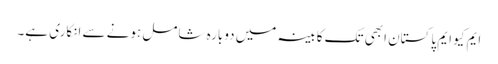
ایم کیو ایم پاکستان ابھی تک کابینہ میں دوبارہ شامل ہونے سے انکاری ہے۔